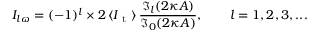
I _ { l \omega } = ( - 1 ) ^ { l } \times 2 \, \langle I _ { \mathrm { ~ t ~ } } \rangle \, \frac { \mathfrak { I } _ { l } ( 2 \kappa A ) } { \mathfrak { I } _ { 0 } ( 2 \kappa A ) } , \qquad l = 1 , 2 , 3 , . . .